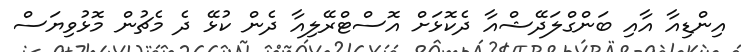
އިންޑިއާ އާއި ބަންގްލަދޭޝްއާ ދެކޮޅަށް އޮސްޓްރޭލިއާ ދެން ކުޅޭ ދެ މެޗުން މޮޅުވިޔަސް